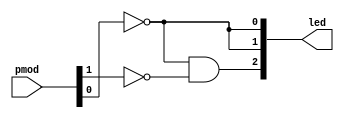
module and_gate (
  input   [1:0]   pmod,
  output  [2:0]  led
);

  // Wire (net) declarations (internal to module)
  //wire not_pmod_0;

  assign not_pmod_0 = ~pmod[0];
  assign led[1:0]   = {2{not_pmod_0}};
  //assign led[0]       = ~pmod[0];
  //assign led[1]       = ~pmod[0];

  assign led[2]     = not_pmod_0 & ~pmod[1];
  //assign led[2]       = ~pmod[0] & ~pmod[1];

endmodule